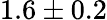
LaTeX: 1.6\pm 0.2